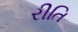
રીતિ